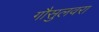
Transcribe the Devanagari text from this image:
गौसुलवरा